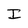
Character: I